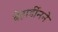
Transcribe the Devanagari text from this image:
बेहार्डीनने